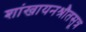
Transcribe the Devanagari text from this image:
शांखायनश्रौतसूत्र